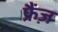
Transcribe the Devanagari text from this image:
फ्रैंज़